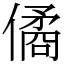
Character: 僪